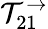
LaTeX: \mathcal{T}_{21}^{\rightarrow}